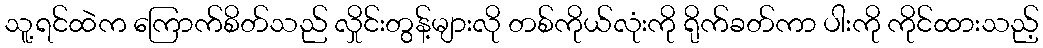
သူ့ရင်ထဲက ကြောက်စိတ်သည် လှိုင်းတွန့်များလို တစ်ကိုယ်လုံးကို ရိုက်ခတ်ကာ ပါးကို ကိုင်ထားသည့်